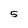
Character: 5